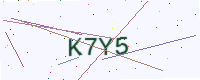
Text: K7Y5